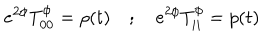
e ^ { 2 \phi } T _ { 0 0 } ^ { \phi } = \rho ( t ) \quad ; \quad e ^ { 2 \phi } T _ { i i } ^ { \phi } = p ( t )